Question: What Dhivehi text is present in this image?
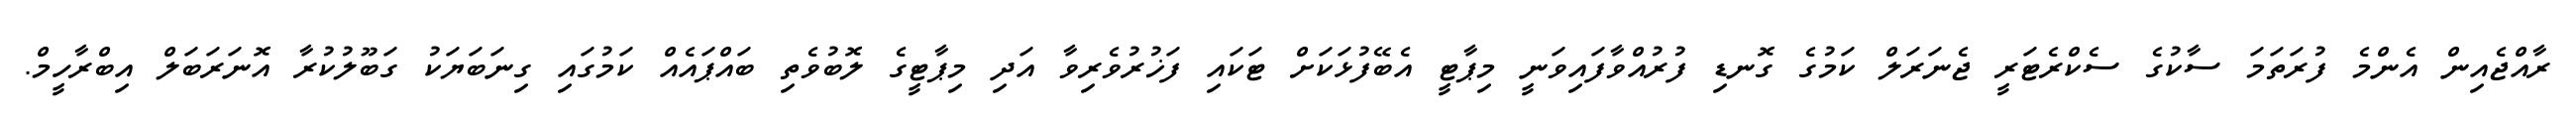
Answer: ރާއްޖެއިން އެންމެ ފުރަތަމަ ސާކުގެ ސެކްރެޓަރީ ޖެނަރަލް ކަމުގެ ގޮނޑި ފުރުއްވާފައިވަނީ މިޕާޓީ އެބޭފުޅަކަށް ޓަކައި ފަޚުރުވެރިވާ އަދި މިޕާޓީގެ ލޮބުވެތި ބައްޕައެއް ކަމުގައި ގިނަބަޔަކު ގަބޫލުކުރާ އޮނަރަބަލް އިބްރާހީމް.